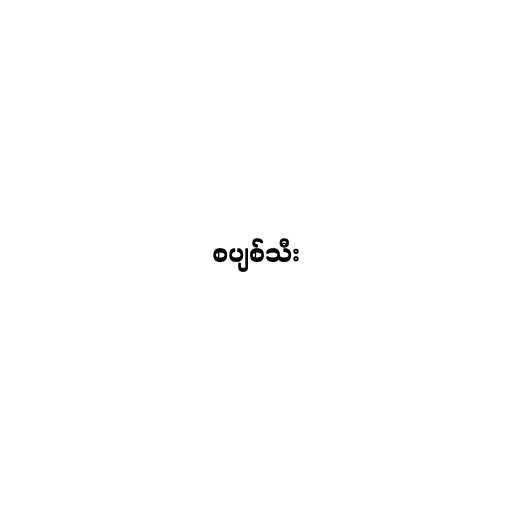
စပျစ်သီး